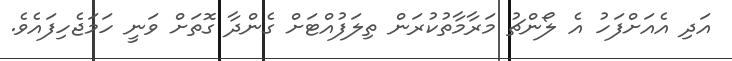
އަދި އެއަށްފަހު އެ ލޯންޗު މަރާމާތުކުރަން ތިލަފުއްޓަށް ގެންދާ ގޮތަށް ވަނީ ހަމަޖެހިފައެވެ.